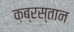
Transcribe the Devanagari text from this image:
क़ब्रस्तान